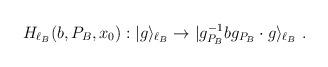
LaTeX: \begin{align*}H_{\ell_B}(b,P_B,x_0): |g\rangle_{\ell_B}\to |g_{P_B}^{-1} b g_{P_B}\cdot g\rangle_{\ell_B}~.\end{align*}